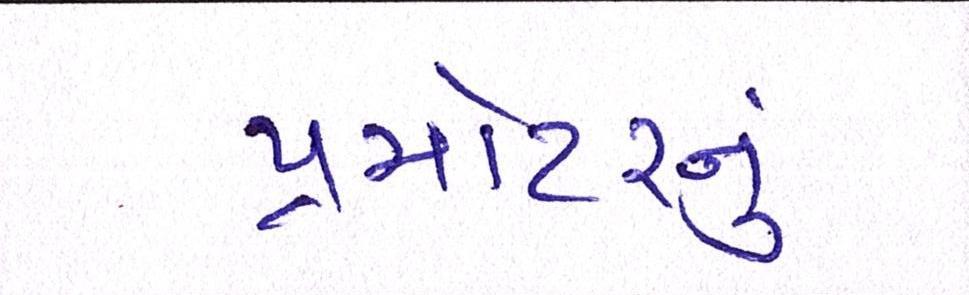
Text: પ્રમોટરનું